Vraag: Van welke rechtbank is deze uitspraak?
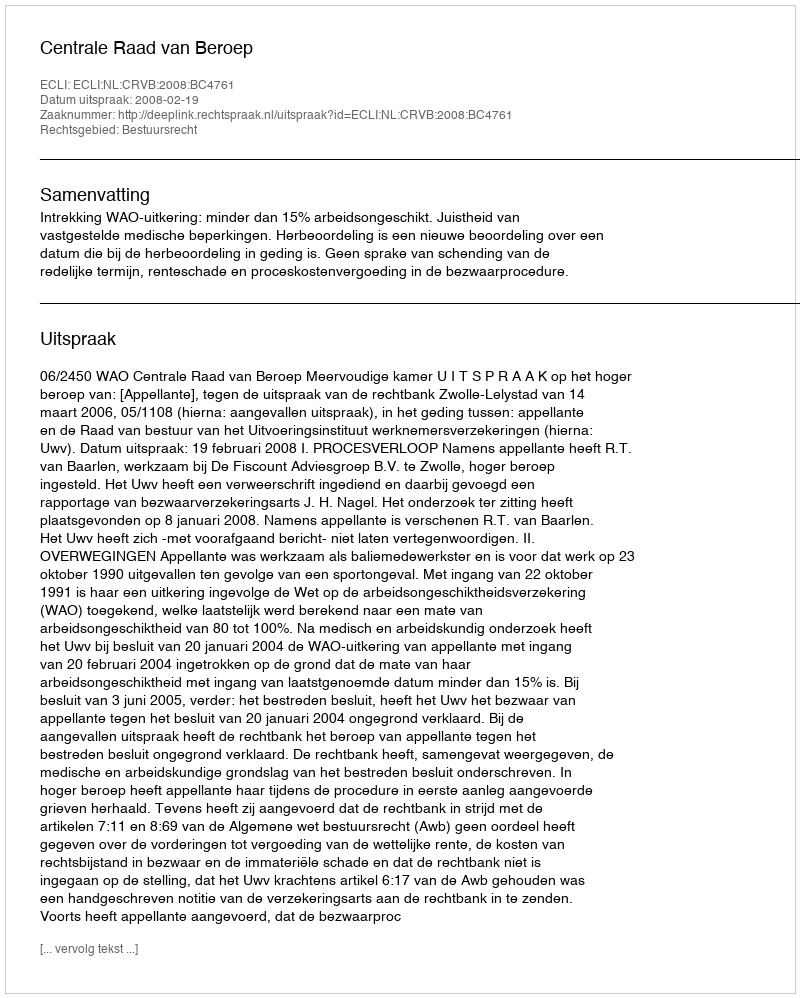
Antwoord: Centrale Raad van Beroep